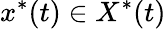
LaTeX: x^{\ast}(t)\in X^{\ast}(t)